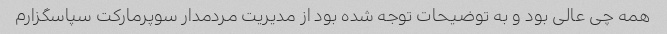
همه چی عالی بود و به توضیحات توجه شده بود از مدیریت مردمدار سوپرمارکت سپاسگزارم